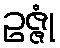
ဥဇ္ဇုံ